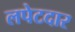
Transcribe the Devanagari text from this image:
लपेटदार